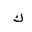
Letter: _kaf